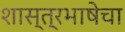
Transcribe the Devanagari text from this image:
शास्त्रभाषेचा